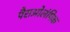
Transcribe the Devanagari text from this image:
पैराओलंपिक